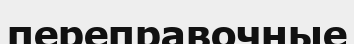
переправочные